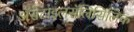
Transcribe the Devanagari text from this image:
ॲसेटाइलसॅलिसिलिक